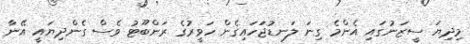
މިދިޔަ ސީޒަނުގައި އެންމެ ގިނަ ލަނޑުޖަަހައިގެން ހަވީރުގެ ރަންބޫޓު ވެސް ގެންދިޔައީ އޭނާ